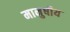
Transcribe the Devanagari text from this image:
मानुषीय